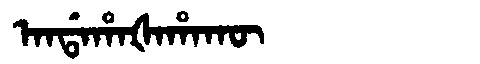
Manchu: ᠠᠨᡩᠠᡥᠠᡧᠠᡥᠠᡴᡡ
Romanization: ANDAHAŠAHAKŪ